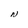
Character: N